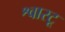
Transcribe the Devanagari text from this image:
श्वारटू